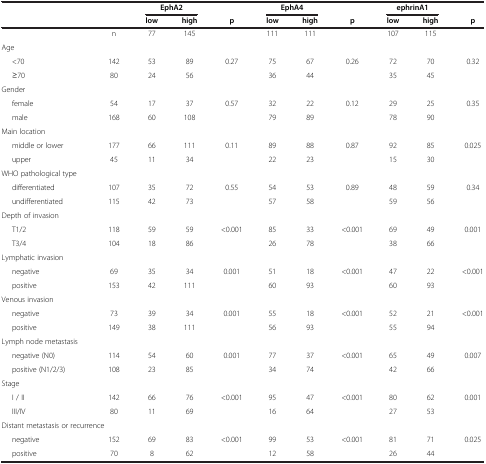
<table><thead><tr><td><b> </b></td><td><b> </b></td><td colspan="2"><b>EphA2</b></td><td><b> </b></td><td colspan="2"><b>EphA4</b></td><td><b> </b></td><td colspan="2"><b>ephrinA1</b></td><td><b> </b></td></tr><tr><td><b> </b></td><td><b> </b></td><td><b>low</b></td><td><b>high</b></td><td><b>p</b></td><td><b>low</b></td><td><b>high</b></td><td><b>p</b></td><td><b>low</b></td><td><b>high</b></td><td><b>p</b></td></tr></thead><tbody><tr><td> </td><td>n</td><td>77</td><td>145</td><td> </td><td>111</td><td>111</td><td> </td><td>107</td><td>115</td><td> </td></tr><tr><td>Age</td><td> </td><td> </td><td> </td><td> </td><td> </td><td> </td><td> </td><td> </td><td> </td><td> </td></tr><tr><td>&lt;70</td><td>142</td><td>53</td><td>89</td><td rowspan="2">0.27</td><td>75</td><td>67</td><td rowspan="2">0.26</td><td>72</td><td>70</td><td rowspan="2">0.32</td></tr><tr><td>≥70</td><td>80</td><td>24</td><td>56</td><td>36</td><td>44</td><td>35</td><td>45</td></tr><tr><td>Gender</td><td> </td><td> </td><td> </td><td> </td><td> </td><td> </td><td> </td><td> </td><td> </td><td> </td></tr><tr><td>female</td><td>54</td><td>17</td><td>37</td><td rowspan="2">0.57</td><td>32</td><td>22</td><td rowspan="2">0.12</td><td>29</td><td>25</td><td rowspan="2">0.35</td></tr><tr><td>male</td><td>168</td><td>60</td><td>108</td><td>79</td><td>89</td><td>78</td><td>90</td></tr><tr><td>Main location</td><td> </td><td> </td><td> </td><td> </td><td> </td><td> </td><td> </td><td> </td><td> </td><td> </td></tr><tr><td>middle or lower</td><td>177</td><td>66</td><td>111</td><td rowspan="2">0.11</td><td>89</td><td>88</td><td rowspan="2">0.87</td><td>92</td><td>85</td><td rowspan="2">0.025</td></tr><tr><td>upper</td><td>45</td><td>11</td><td>34</td><td>22</td><td>23</td><td>15</td><td>30</td></tr><tr><td>WHO pathological type</td><td> </td><td> </td><td> </td><td> </td><td> </td><td> </td><td> </td><td> </td><td> </td><td> </td></tr><tr><td>differentiated</td><td>107</td><td>35</td><td>72</td><td rowspan="2">0.55</td><td>54</td><td>53</td><td rowspan="2">0.89</td><td>48</td><td>59</td><td rowspan="2">0.34</td></tr><tr><td>undifferentiated</td><td>115</td><td>42</td><td>73</td><td>57</td><td>58</td><td>59</td><td>56</td></tr><tr><td>Depth of invasion</td><td> </td><td> </td><td> </td><td> </td><td> </td><td> </td><td> </td><td> </td><td> </td><td> </td></tr><tr><td>T1/2</td><td>118</td><td>59</td><td>59</td><td rowspan="2">&lt;0.001</td><td>85</td><td>33</td><td rowspan="2">&lt;0.001</td><td>69</td><td>49</td><td rowspan="2">0.001</td></tr><tr><td>T3/4</td><td>104</td><td>18</td><td>86</td><td>26</td><td>78</td><td>38</td><td>66</td></tr><tr><td>Lymphatic invasion</td><td> </td><td> </td><td> </td><td> </td><td> </td><td> </td><td> </td><td> </td><td> </td><td> </td></tr><tr><td>negative</td><td>69</td><td>35</td><td>34</td><td rowspan="2">0.001</td><td>51</td><td>18</td><td rowspan="2">&lt;0.001</td><td>47</td><td>22</td><td rowspan="2">&lt;0.001</td></tr><tr><td>positive</td><td>153</td><td>42</td><td>111</td><td>60</td><td>93</td><td>60</td><td>93</td></tr><tr><td>Venous invasion</td><td> </td><td> </td><td> </td><td> </td><td> </td><td> </td><td> </td><td> </td><td> </td><td> </td></tr><tr><td>negative</td><td>73</td><td>39</td><td>34</td><td rowspan="2">0.001</td><td>55</td><td>18</td><td rowspan="2">&lt;0.001</td><td>52</td><td>21</td><td rowspan="2">&lt;0.001</td></tr><tr><td>positive</td><td>149</td><td>38</td><td>111</td><td>56</td><td>93</td><td>55</td><td>94</td></tr><tr><td>Lymph node metastasis</td><td> </td><td> </td><td> </td><td> </td><td> </td><td> </td><td> </td><td> </td><td> </td><td> </td></tr><tr><td>negative (N0)</td><td>114</td><td>54</td><td>60</td><td rowspan="2">0.001</td><td>77</td><td>37</td><td rowspan="2">&lt;0.001</td><td>65</td><td>49</td><td rowspan="2">0.007</td></tr><tr><td>positive (N1/2/3)</td><td>108</td><td>23</td><td>85</td><td>34</td><td>74</td><td>42</td><td>66</td></tr><tr><td>Stage</td><td> </td><td> </td><td> </td><td> </td><td> </td><td> </td><td> </td><td> </td><td> </td><td> </td></tr><tr><td>I / II</td><td>142</td><td>66</td><td>76</td><td rowspan="2">&lt;0.001</td><td>95</td><td>47</td><td rowspan="2">&lt;0.001</td><td>80</td><td>62</td><td rowspan="2">0.001</td></tr><tr><td>III/IV</td><td>80</td><td>11</td><td>69</td><td>16</td><td>64</td><td>27</td><td>53</td></tr><tr><td colspan="2">Distant metastasis or recurrence</td><td> </td><td> </td><td> </td><td> </td><td> </td><td> </td><td> </td><td> </td><td> </td></tr><tr><td>negative</td><td>152</td><td>69</td><td>83</td><td>&lt;0.001</td><td>99</td><td>53</td><td>&lt;0.001</td><td>81</td><td>71</td><td>0.025</td></tr><tr><td>positive</td><td>70</td><td>8</td><td>62</td><td> </td><td>12</td><td>58</td><td> </td><td>26</td><td>44</td><td> </td></tr></tbody></table>